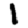
Digit: 1